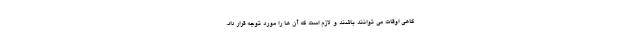
گاهی اوقات می توانند باشند و لازم است که آن ها را مورد توجه قرار داد.